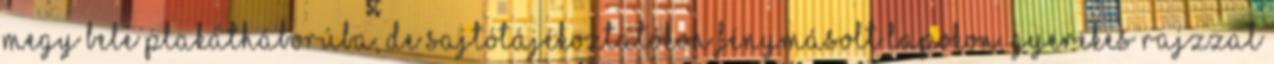
megy bele plakátháborúba, de sajtótájékoztatókon fénymásolt lapokon, gyerekes rajzzal